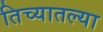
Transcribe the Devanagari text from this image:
तिच्यातल्या